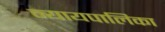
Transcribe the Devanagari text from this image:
न्‍यायपालिका